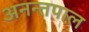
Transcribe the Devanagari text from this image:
अनन्तपाल